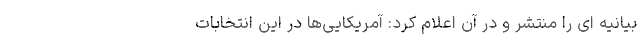
بیانیه ای را منتشر و در آن اعلام کرد: آمریکایی‌ها در این انتخابات